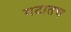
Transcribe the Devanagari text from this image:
गटातच